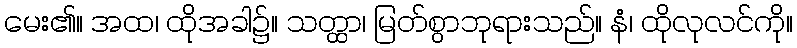
မေး၏။ အထ၊ ထိုအခါ၌။ သတ္ထာ၊ မြတ်စွာဘုရားသည်။ နံ၊ ထိုလုလင်ကို။